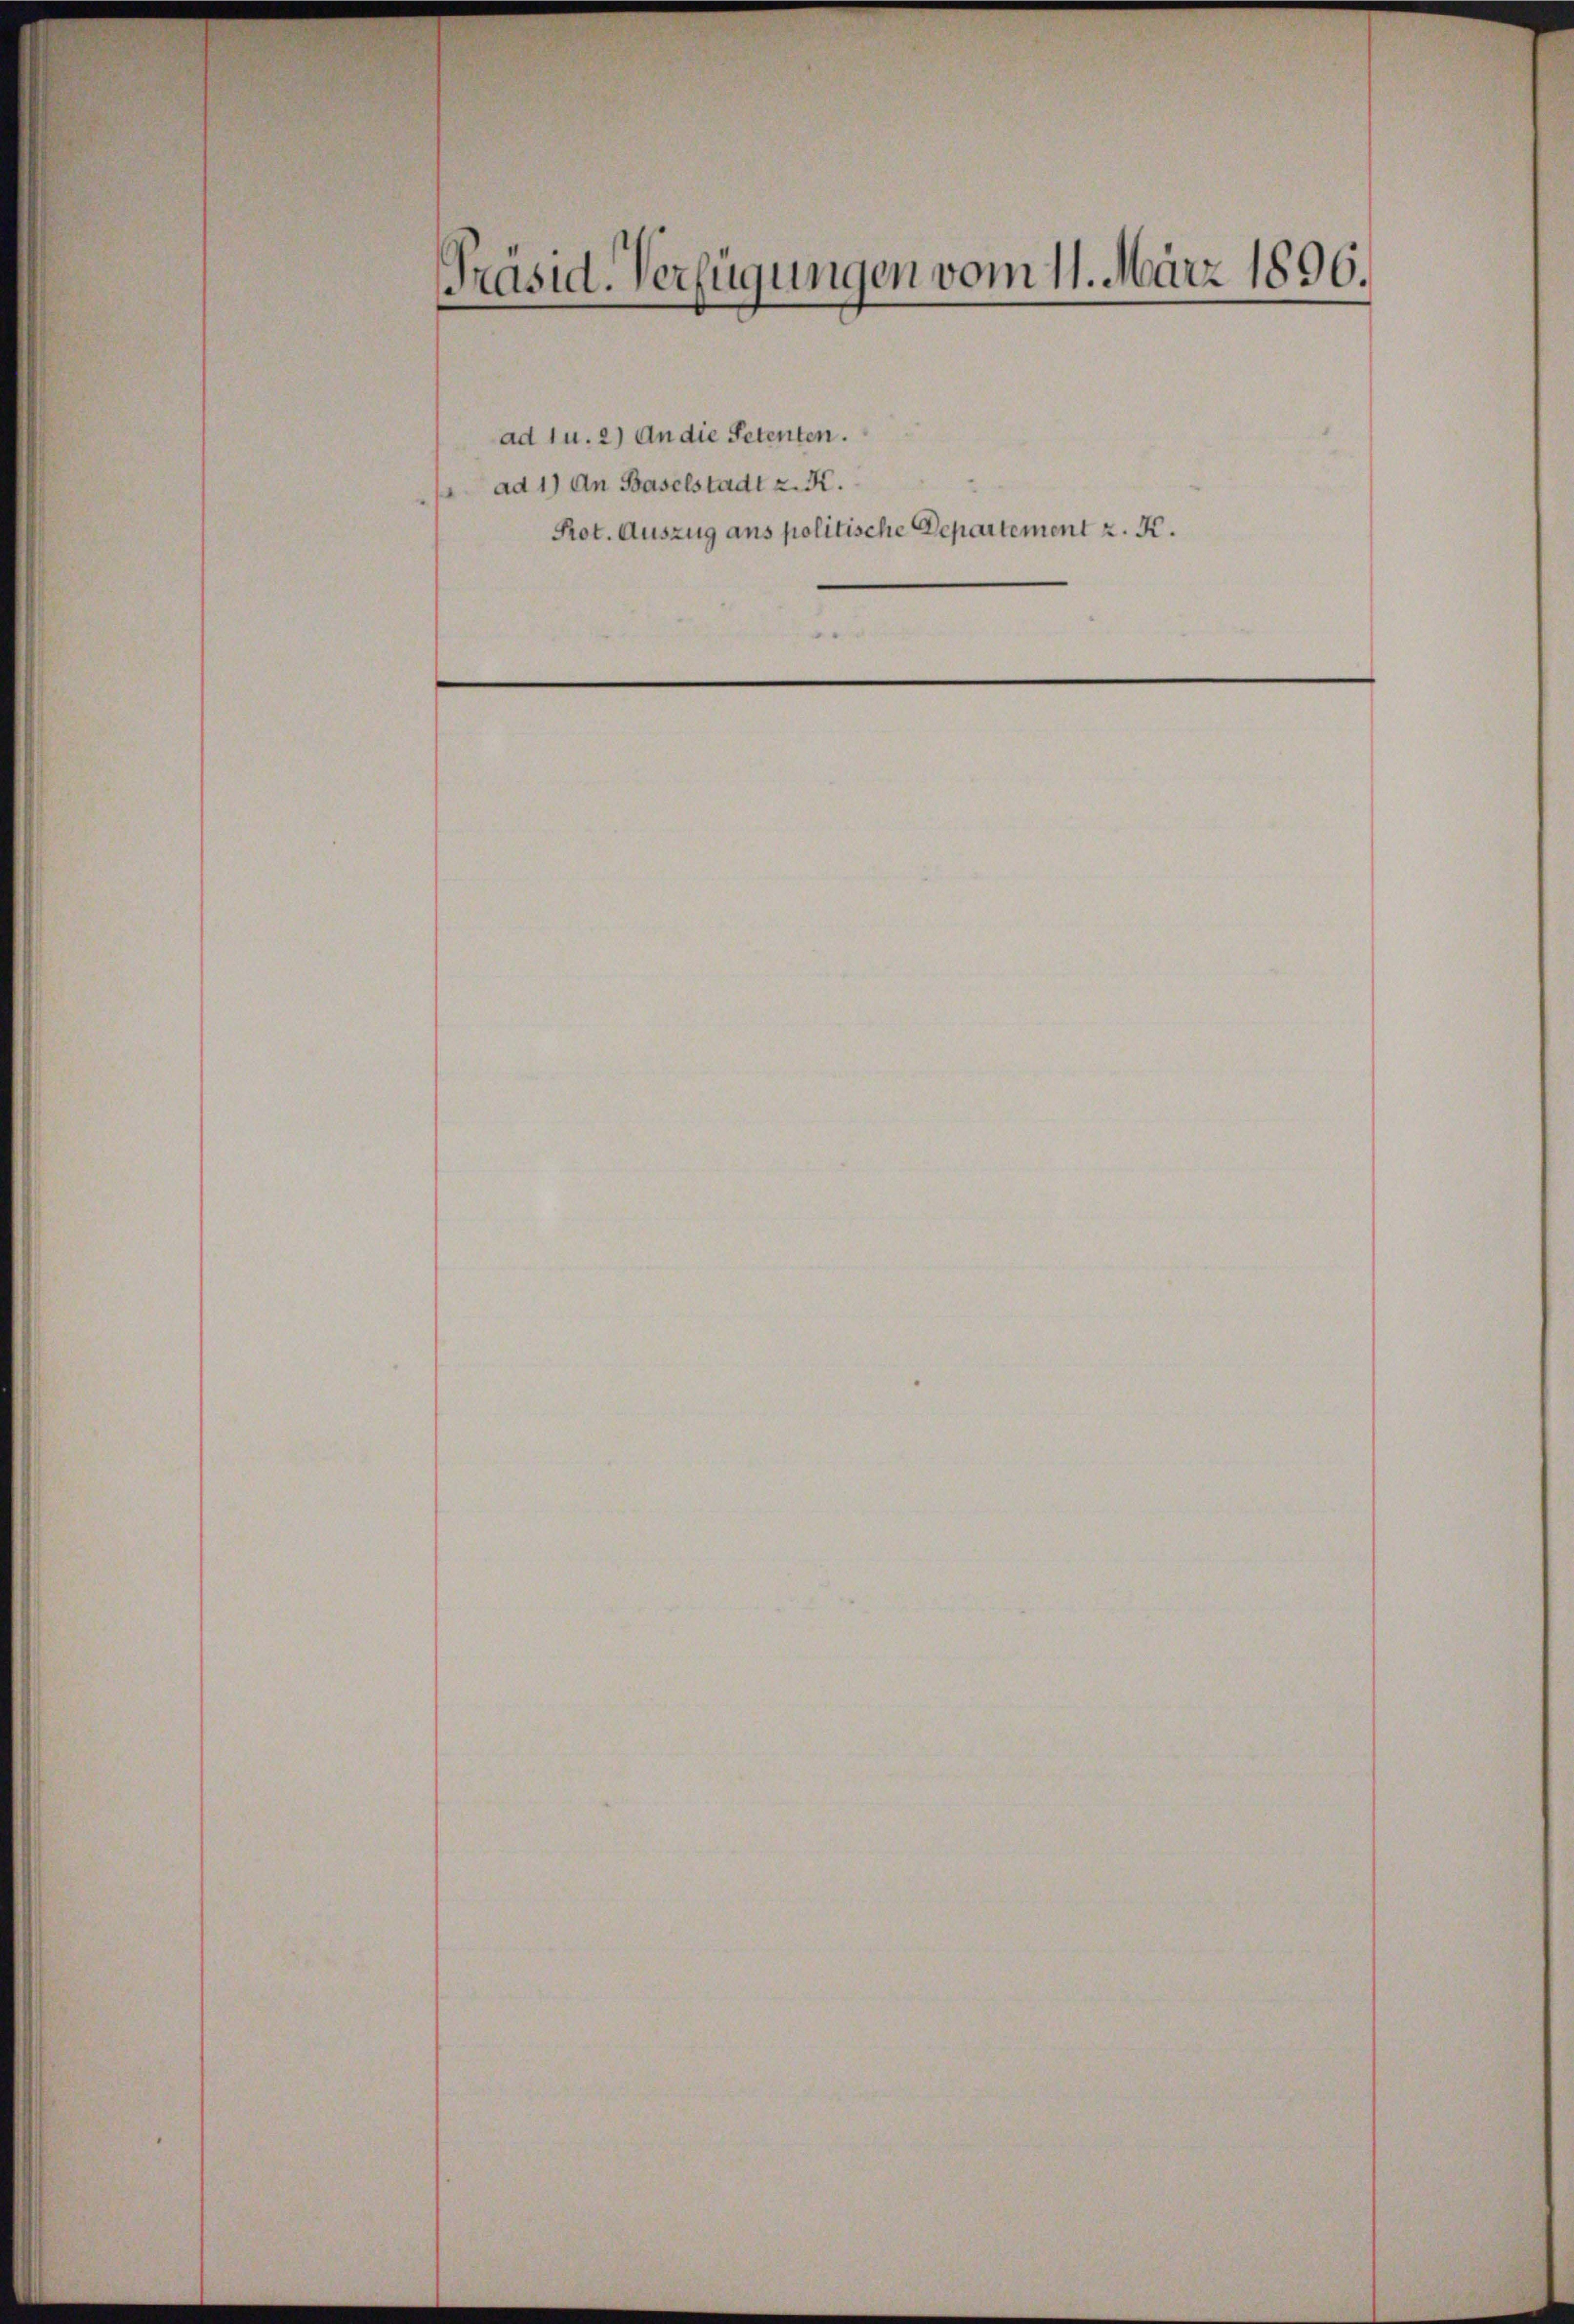
Präsid. Verfügungen vom 11. März 1896.

ad 1u. 2) An die Petenten.
ad 1) An Baselstadt z. K.
Pot. Auszug ans politische Departement z. K.